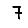
Digit: 7